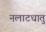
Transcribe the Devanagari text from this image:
नलाटधातु